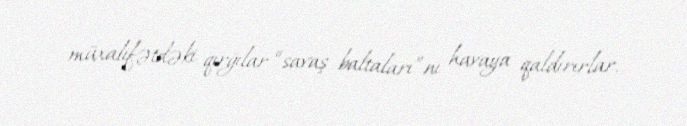
müxalifətdəki qırğılar “savaş baltaları”nı havaya qaldırırlar.